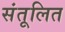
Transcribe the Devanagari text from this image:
संतूलित